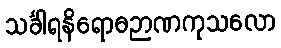
သင်္ခါရနိရောဓဉာဏကုသလော